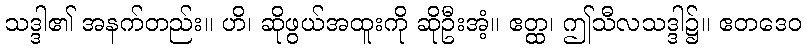
သဒ္ဒါ၏ အနက်တည်း။ ဟိ၊ ဆိုဖွယ်အထူးကို ဆိုဦးအံ့။ ဧတ္ထ၊ ဤသီလသဒ္ဒါ၌။ ဧတဒေဝ